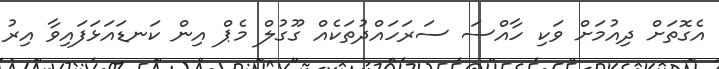
އެގޮތަށް ދިއުމަށް ވަކި ހާއްސަ ސަރަހައްދުތަކެއް ގޫގުލް މެޕް އިން ކަނޑައަޅަފައިވާ އިރު